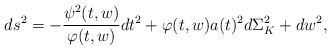
\begin{align*}ds^2 = -\frac{\psi^2(t,w)}{\varphi(t,w)}dt^2 + \varphi(t,w)a(t)^2d\Sigma^2_K + dw^2,\end{align*}